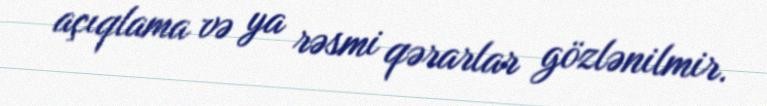
açıqlama və ya rəsmi qərarlar gözlənilmir.